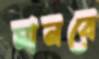
মানবে